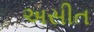
અસીત